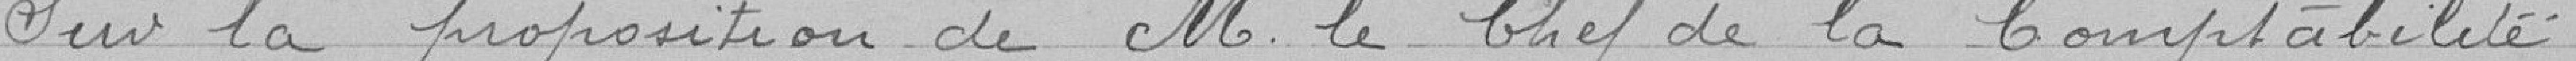
Sur la proposition de M. le Chef de la Comptabilité.